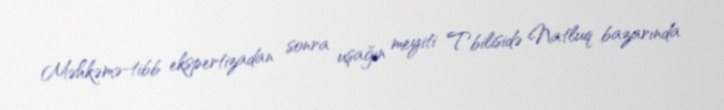
Məhkəmə-tibb ekspertizadan sonra uşağın meyiti Tbilisidə Natluq bazarında